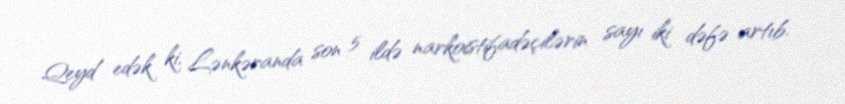
Qeyd edək ki, Lənkəranda son 5 ildə narkoistifadəçilərin sayı iki dəfə artıb.